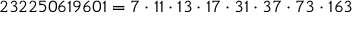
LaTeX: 2 3 2 2 5 0 6 1 9 6 0 1 = 7 \cdot 1 1 \cdot 1 3 \cdot 1 7 \cdot 3 1 \cdot 3 7 \cdot 7 3 \cdot 1 6 3